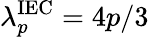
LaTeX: \lambda_{p}^{\mathrm{IEC}}=4p/3